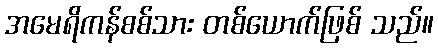
အမေရိကန်စစ်သား တစ်ယောက်ဖြစ် သည်။